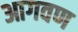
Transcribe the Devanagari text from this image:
आगवण